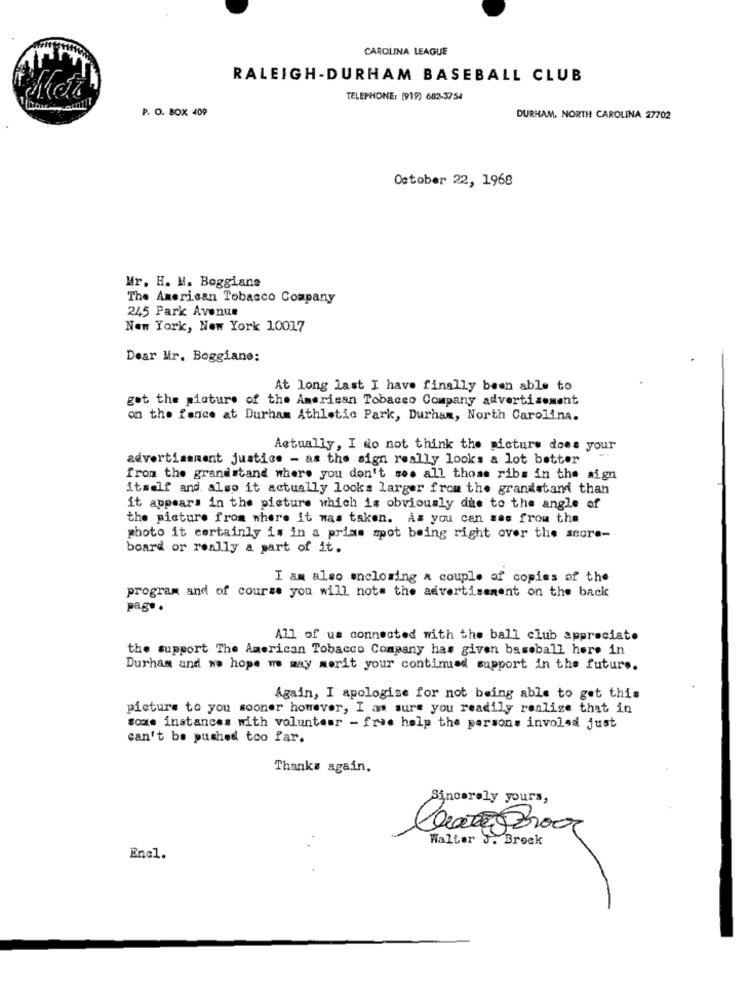
CAROLINA LEAGUE
RALEIGH-DURHAM BASEBALL CLUB
TELEPHONE: (919) 682-3754
P. O. BOX 409
DURHAM, NORTH CAROLINA 27702
October 22, 1968
Mr. H. M. Boggiane
The American Tobacco Company
245 Park Avenue
New York, New York 10017
Dear Mr. Boggiane:
At long last I have finally been able to
got the picture of the American Tobacco Company advertisement
on the fence at Durham Athletic Park, Durham, North Carolina.
Actually, I do not think the picture does your
advertisement justice - as the sign really looks a lot better
from the grandstand where you don't so. all those ribs in the sign
itself and also it actually looks larger from the grandstand than
it appears in the picture which is obviously due to the angle of
the picture from where it was taken. As you can see from the
photo it certainly is in a prime spot being right over the seore-
board or really a part of it.
I am also enclosing a couple of copies of the
program and of course you will not the advertisement on the back
pag. .
All of us connected with the ball club appreciate
the support The American Tobacco Company has given baseball here in
Durham and we hope we may morit your continued support in the future.
Again, I apologize for not being able to get this
picture to you sooner however, I as sure you readily realize that in
some instances with volunteer - frie help the persons involed just
can't be pushed too far.
Thanks again.
Sincerely yours,
Claro200g
Walter J. Broek
Enel.